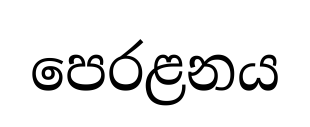
පෙරළනය